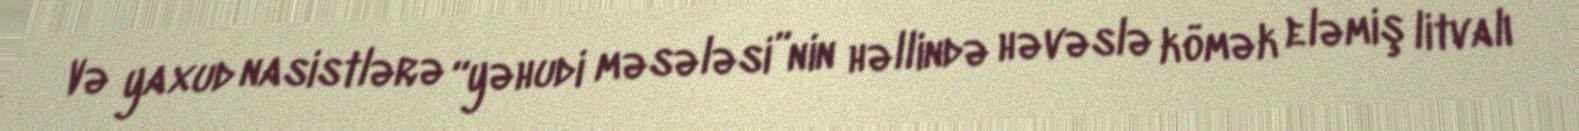
Və yaxud nasistlərə “yəhudi məsələsi”nin həllində həvəslə kömək eləmiş litvalı